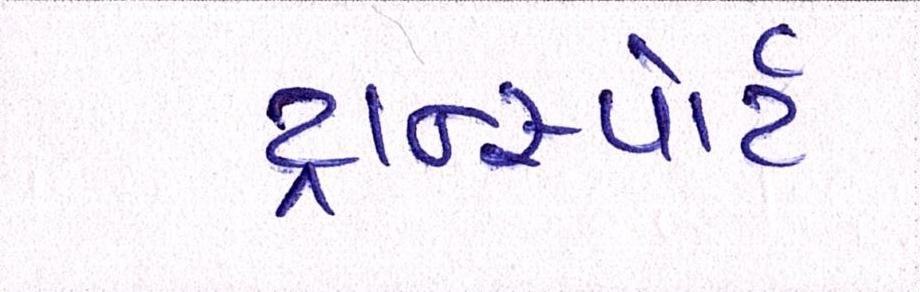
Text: ટ્રાન્સ્પોર્ટ